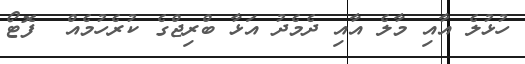
ހުޅުލެ އާއި މާލެ އާއި ދެމެދު އަޅާ ބްރިޖްގެ ކުރެހުމެއް  ފޮޓޯ